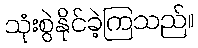
သုံးစွဲနိုင်ခဲ့ကြသည်။